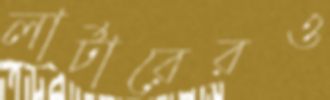
লার্টারেরও